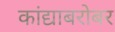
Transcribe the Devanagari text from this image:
कांद्याबरोबर